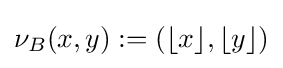
\nu _{B}(x,y):=(\lfloor x\rfloor ,\lfloor y\rfloor )